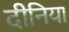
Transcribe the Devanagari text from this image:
दीनिया